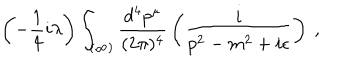
\left( - \frac { 1 } { 4 } i \lambda \right) \int _ { ( \infty ) } \frac { d ^ { 4 } p ^ { \mu } } { ( 2 \pi ) ^ { 4 } } \, \left( \frac { i } { p ^ { 2 } - m ^ { 2 } + i \epsilon } \right) \ ,